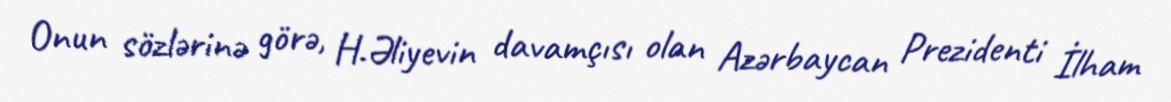
Onun sözlərinə görə, H.Əliyevin davamçısı olan Azərbaycan Prezidenti İlham